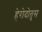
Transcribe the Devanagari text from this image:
हेरोदोतुस